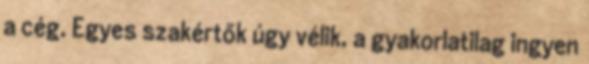
a cég. Egyes szakértők úgy vélik, a gyakorlatilag ingyen